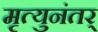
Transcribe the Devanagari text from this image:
मृत्युनंतर्